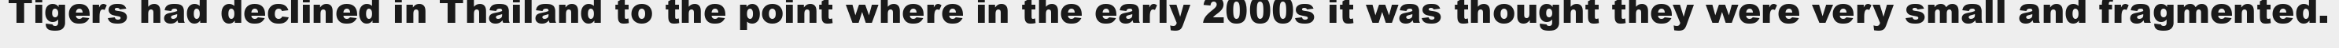
Tigers had declined in Thailand to the point where in the early 2000s it was thought they were very small and fragmented.